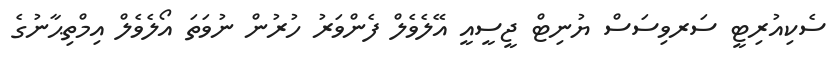
ސެކިއުރިޓީ ސަރވިސަސް ޔުނިޓް ޖީސީއީ އޭލެވެލް ފެންވަރު ހުރުން ނުވަތަ އޯލެވެލް އިމްތިޙާނުގެ